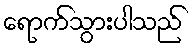
ရောက်သွားပါသည်